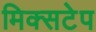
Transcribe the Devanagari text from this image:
मिक्सटेप